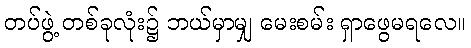
တပ်ဖွဲ့ တစ်ခုလုံး၌ ဘယ်မှာမျှ မေးစမ်း ရှာဖွေမရလေ။